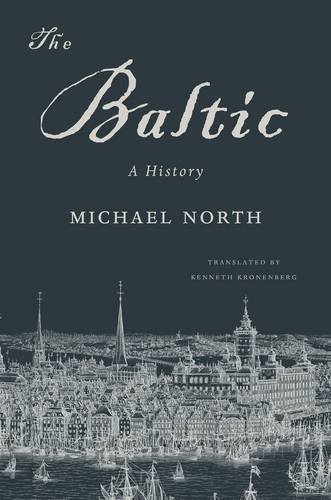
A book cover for The Baltic: A History; Michael North; History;